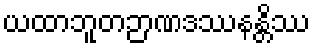
ယထာဘူတဉာဏဒဿနန္တိဿ